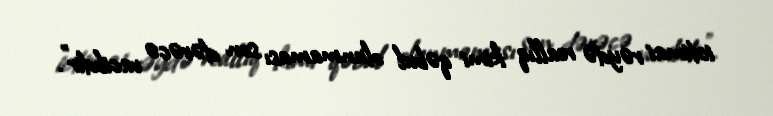
ictimai rəydə reallıq kimi qəbul olunmaması son dərəcə vacibdir”.